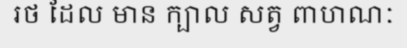
រថ ដែល មាន ក្បាល សត្វ ពាហណៈ